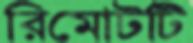
রিমোটটি